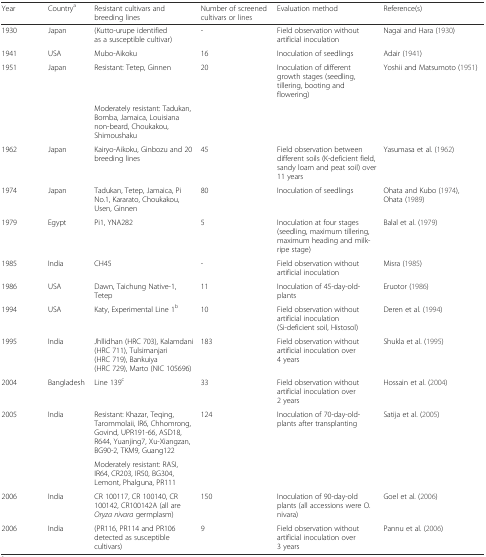
<table><thead><tr><td><b>Year</b></td><td><b>Country<sup>a</sup></b></td><td><b>Resistant cultivars and breeding lines</b></td><td><b>Number of screened cultivars or lines</b></td><td><b>Evaluation method</b></td><td><b>Reference(s)</b></td></tr></thead><tbody><tr><td>1930</td><td>Japan</td><td>(Kutto-urupe identified as a susceptible cultivar)</td><td>-</td><td>Field observation without artificial inoculation</td><td>Nagai and Hara (1930)</td></tr><tr><td>1941</td><td>USA</td><td>Mubo-Aikoku</td><td>16</td><td>Inoculation of seedlings</td><td>Adair (1941)</td></tr><tr><td>1951</td><td>Japan</td><td>Resistant: Tetep, Ginnen</td><td>20</td><td>Inoculation of different growth stages (seedling, tillering, booting and flowering)</td><td>Yoshii and Matsumoto (1951)</td></tr><tr><td></td><td></td><td>Moderately resistant: Tadukan, Bomba, Jamaica, Louisiana non-beard, Choukakou, Shimoushaku</td><td></td><td></td><td></td></tr><tr><td>1962</td><td>Japan</td><td>Kairyo-Aikoku, Ginbozu and 20 breeding lines</td><td>45</td><td>Field observation between different soils (K-deficient field, sandy loam and peat soil) over 11 years</td><td>Yasumasa et al. (1962)</td></tr><tr><td>1974</td><td>Japan</td><td>Tadukan, Tetep, Jamaica, Pi No.1, Kararato, Choukakou, Usen, Ginnen</td><td>80</td><td>Inoculation of seedlings</td><td>Ohata and Kubo (1974), Ohata (1989)</td></tr><tr><td>1979</td><td>Egypt</td><td>Pi1, YNA282</td><td>5</td><td>Inoculation at four stages (seedling, maximum tillering, maximum heading and milk-ripe stage)</td><td>Balal et al. (1979)</td></tr><tr><td>1985</td><td>India</td><td>CH45</td><td>-</td><td>Field observation without artificial inoculation</td><td>Misra (1985)</td></tr><tr><td>1986</td><td>USA</td><td>Dawn, Taichung Native-1, Tetep</td><td>11</td><td>Inoculation of 45-day-old-plants</td><td>Eruotor (1986)</td></tr><tr><td>1994</td><td>USA</td><td>Katy, Experimental Line 1<sup>b</sup></td><td>10</td><td>Field observation without artificial inoculation (Si-deficient soil, Histosol)</td><td>Deren et al. (1994)</td></tr><tr><td>1995</td><td>India</td><td>Jhllidhan (HRC 703), Kalamdani (HRC 711), Tulsimanjari (HRC 719), Bankuiya (HRC 729), Marto (NIC 105696)</td><td>183</td><td>Field observation without artificial inoculation over 4 years</td><td>Shukla et al. (1995)</td></tr><tr><td>2004</td><td>Bangladesh</td><td>Line 139<sup>c</sup></td><td>33</td><td>Field observation without artificial inoculation over 2 years</td><td>Hossain et al. (2004)</td></tr><tr><td>2005</td><td>India</td><td>Resistant: Khazar, Teqing, Tarommolaii, IR6, Chhomrong, Govind, UPR191-66, ASD18, R644, Yuanjing7, Xu-Xiangzan, BG90-2, TKM9, Guang122</td><td>124</td><td>Inoculation of 70-day-old-plants after transplanting</td><td>Satija et al. (2005)</td></tr><tr><td></td><td></td><td>Moderately resistant: RASI, IR64, CR203, IR50, BG304, Lemont, Phalguna, PR111</td><td></td><td></td><td></td></tr><tr><td>2006</td><td>India</td><td>CR 100117, CR 100140, CR 100142, CR100142A (all are <i>Oryza nivara </i>germplasm)</td><td>150</td><td>Inoculation of 90-day-old plants (all accessions were O. nivara)</td><td>Goel et al. (2006)</td></tr><tr><td>2006</td><td>India</td><td>(PR116, PR114 and PR106 detected as susceptible cultivars)</td><td>9</td><td>Field observation without artificial inoculation over 3 years</td><td>Pannu et al. (2006)</td></tr></tbody></table>